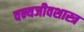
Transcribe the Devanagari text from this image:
वन्यजीवशास्त्र